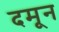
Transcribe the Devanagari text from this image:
दमून